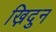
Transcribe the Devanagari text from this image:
ख़िदुन